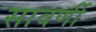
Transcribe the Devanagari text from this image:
सावर्णी